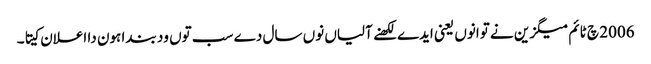
2006 چ ٹائم میگزین نے توانوں یعنی ایدے لکھنے آلیاں نوں سال دے سب توں ود بندا ہون دا اعلان کیتا۔